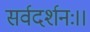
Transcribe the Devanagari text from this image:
सर्वदर्शनः।।